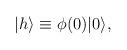
LaTeX: \begin{align*}|h\rangle\equiv \phi(0)|0\rangle,\end{align*}